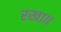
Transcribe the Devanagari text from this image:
रखा॥